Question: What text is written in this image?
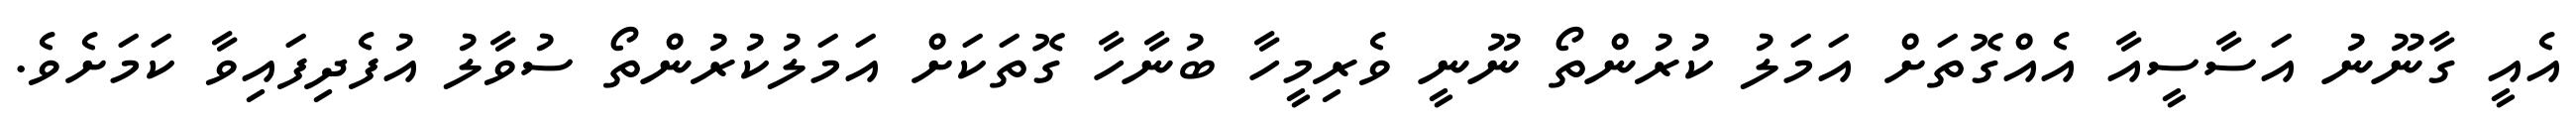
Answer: އެއީ ގާނޫނު އަސާސީއާ އެއްގޮތަށް އަމަލު ކުރުންތޯ ނޫނީ ވެރިމީހާ ބުނާހާ ގޮތަކަށް އަމަލުކުރުންތޯ ސުވާލު އުފެދިފައިވާ ކަމަށެވެ.